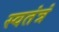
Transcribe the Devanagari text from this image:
स्वतंत्रं